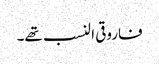
فاروقی النسب تھے۔